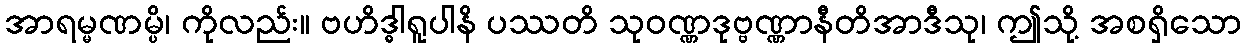
အာရမ္မဏမ္ပိ၊ ကိုလည်း။ ဗဟိဒ္ဓါရူပါနိ ပဿတိ သုဝဏ္ဏဒုဗ္ဗဏ္ဏာနီတိအာဒီသု၊ ဤသို့ အစရှိသော